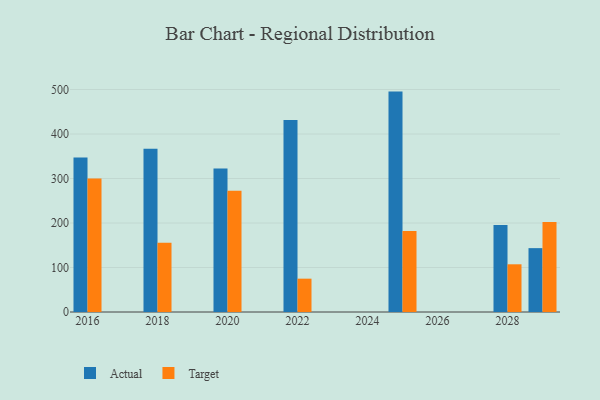
{"axis": {"x": "Year", "y": "Page Views"}, "legend": ["Actual", "Target"], "data": [{"x": "2022", "y": 431.2, "type": "Actual"}, {"x": "2022", "y": 74.9, "type": "Target"}, {"x": "2020", "y": 322.3, "type": "Actual"}, {"x": "2020", "y": 272.5, "type": "Target"}, {"x": "2016", "y": 347.0, "type": "Actual"}, {"x": "2016", "y": 300.2, "type": "Target"}, {"x": "2025", "y": 495.3, "type": "Actual"}, {"x": "2025", "y": 182.3, "type": "Target"}, {"x": "2028", "y": 195.5, "type": "Actual"}, {"x": "2028", "y": 107.2, "type": "Target"}, {"x": "2018", "y": 367.0, "type": "Actual"}, {"x": "2018", "y": 155.6, "type": "Target"}, {"x": "2029", "y": 143.5, "type": "Actual"}, {"x": "2029", "y": 202.4, "type": "Target"}]}